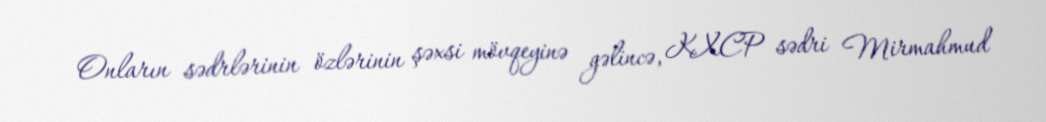
Onların sədrlərinin özlərinin şəxsi mövqeyinə gəlincə, KXCP sədri Mirmahmud